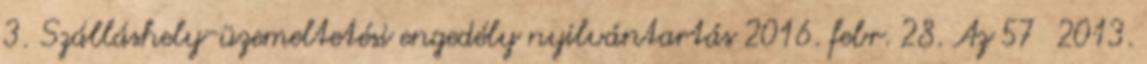
3. Szálláshely-üzemeltetési engedély nyilvántartás 2016. febr. 28. Az 57 2013.